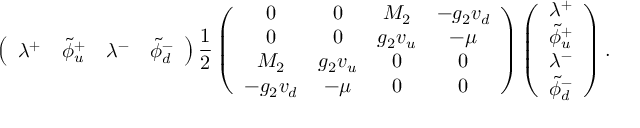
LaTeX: \left( \begin{array} { c c c c } { { \lambda ^ { + } } } & { { { \tilde { \phi } } _ { u } ^ { + } } } & { { \lambda ^ { - } } } & { { { \tilde { \phi } } _ { d } ^ { - } } } \end{array} \right) { \frac { 1 } { 2 } } \left( \begin{array} { c c c c } { { 0 } } & { { 0 } } & { { M _ { 2 } } } & { { - g _ { 2 } v _ { d } } } \\ { { 0 } } & { { 0 } } & { { g _ { 2 } v _ { u } } } & { { - \mu } } \\ { { M _ { 2 } } } & { { g _ { 2 } v _ { u } } } & { { 0 } } & { { 0 } } \\ { { - g _ { 2 } v _ { d } } } & { { - \mu } } & { { 0 } } & { { 0 } } \end{array} \right) \left( \begin{array} { c } { { \lambda ^ { + } } } \\ { { { \tilde { \phi } } _ { u } ^ { + } } } \\ { { \lambda ^ { - } } } \\ { { { \tilde { \phi } } _ { d } ^ { - } } } \end{array} \right) .